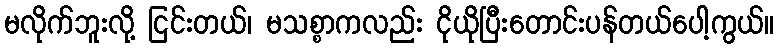
မလိုက်ဘူးလို့ ငြင်းတယ်၊ မသစ္စာကလည်း ငိုယိုပြီးတောင်းပန်တယ်ပေါ့ကွယ်။